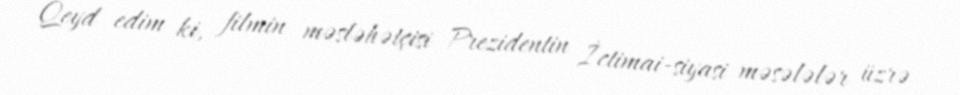
Qeyd edim ki, filmin məsləhətçisi Prezidentin İctimai-siyasi məsələlər üzrə